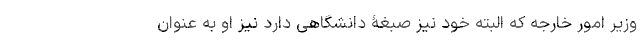
وزیر امور خارجه که البته خود نیز صبغۀ دانشگاهی دارد نیز او به عنوان